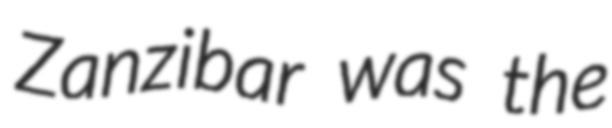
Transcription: Zanzibar was the